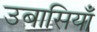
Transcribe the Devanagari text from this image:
उबासियाँ